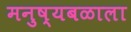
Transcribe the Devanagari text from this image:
मनुष्यबळाला